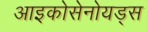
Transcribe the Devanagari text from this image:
आइकोसेनोयड्स